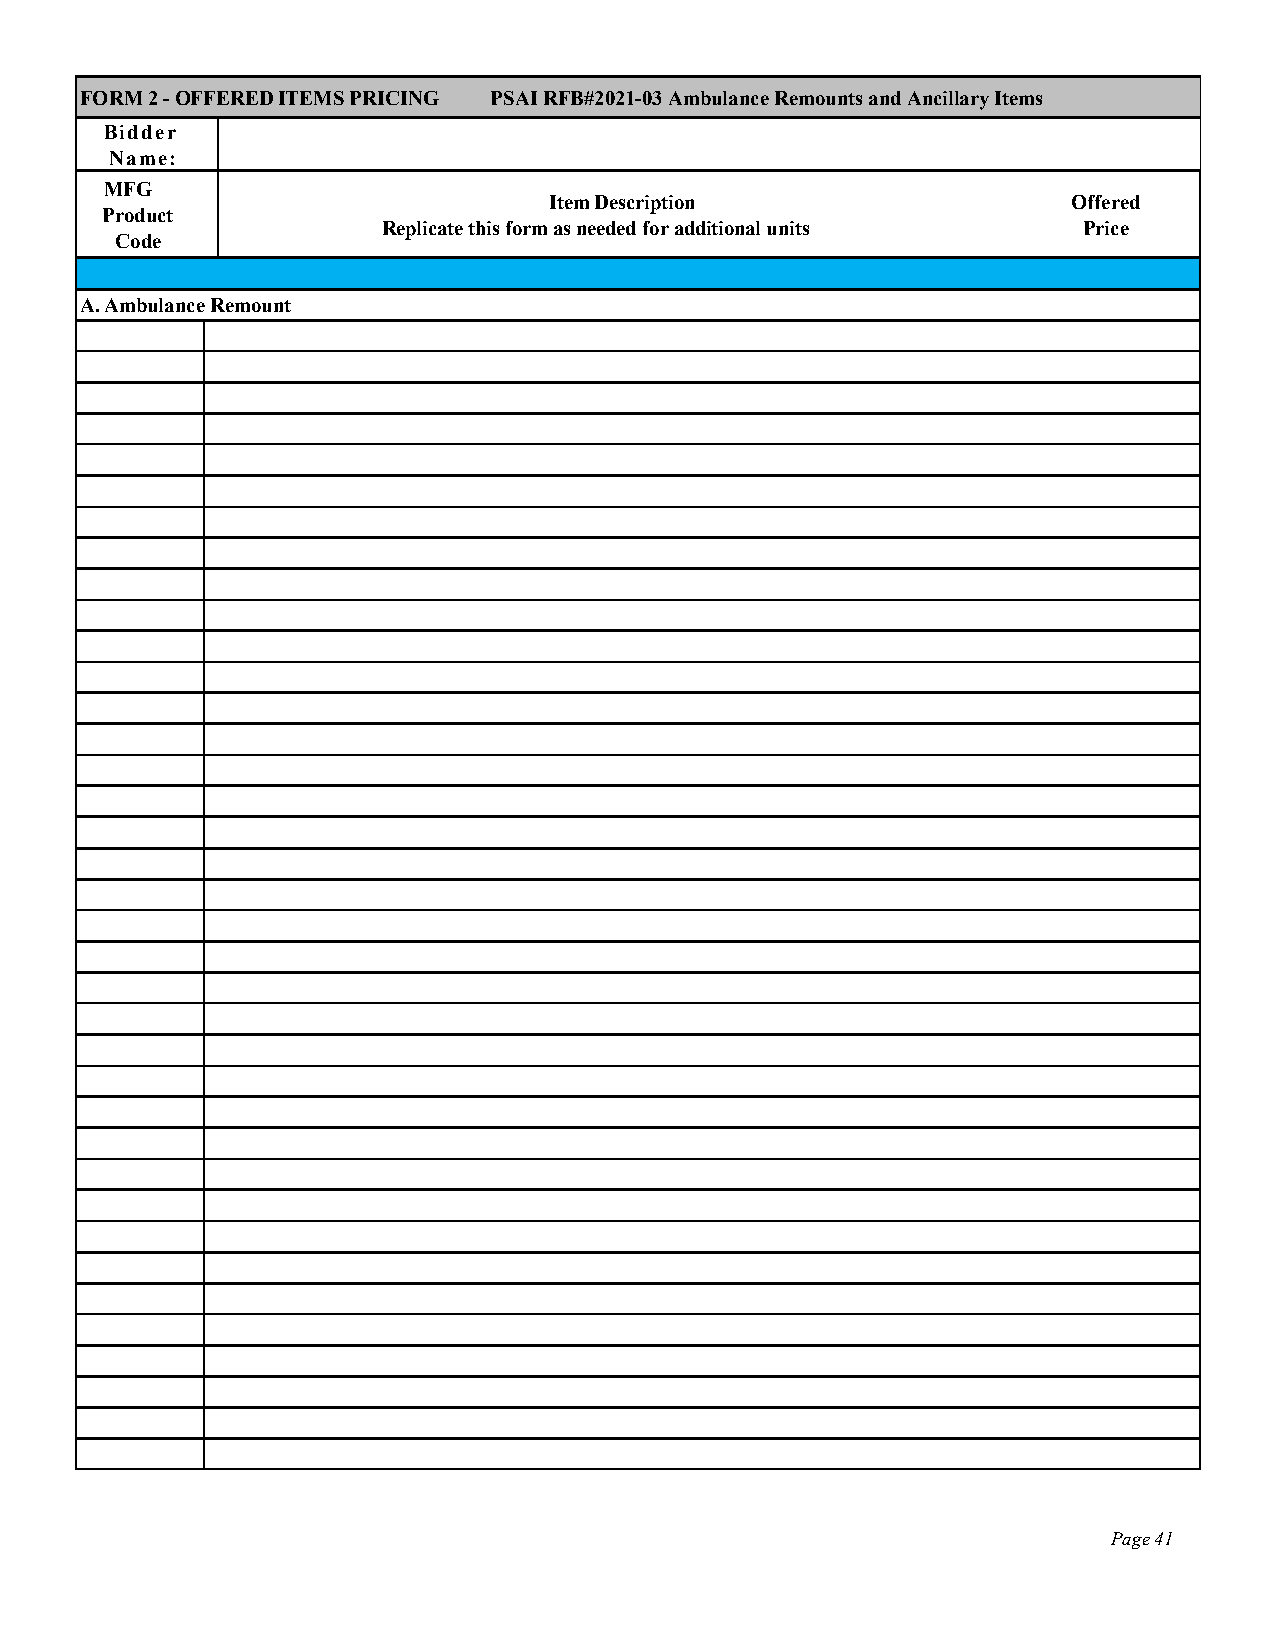
FORM 2 - OFFERED ITEMS PRICING PSAI RFB#2021-03 Ambulance Remounts and Ancillary Items
 Bidder
 Name:
 MFG
 Item Description                   Offered
 Product
 Replicate this form as needed for additional units Price
 Code
 A. Ambulance Remount
 Page 41